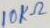
Text: 10KΩ